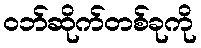
ဝဘ်ဆိုက်တစ်ခုကို